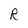
Character: R